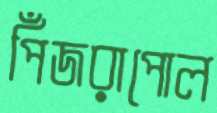
পিঁজরাপোল